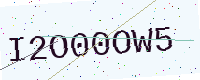
Text: I2O00OW5